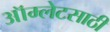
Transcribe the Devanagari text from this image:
ऑम्लेटसाठी